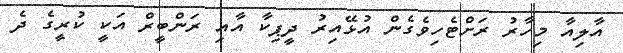
އާލިއާ މިހާރު ރަށްޓެހިވެގެން އުޅޭއިރު ދީޕިކާ އާއި ރަންބީރް އަކީ ކުރީގެ ދެ